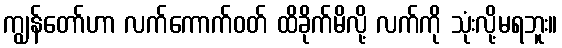
ကျွန်တော်ဟာ လက်ကောက်ဝတ် ထိခိုက်မိလို့ လက်ကို သုံးလို့မရဘူး။